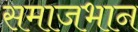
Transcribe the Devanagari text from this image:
समाजभान